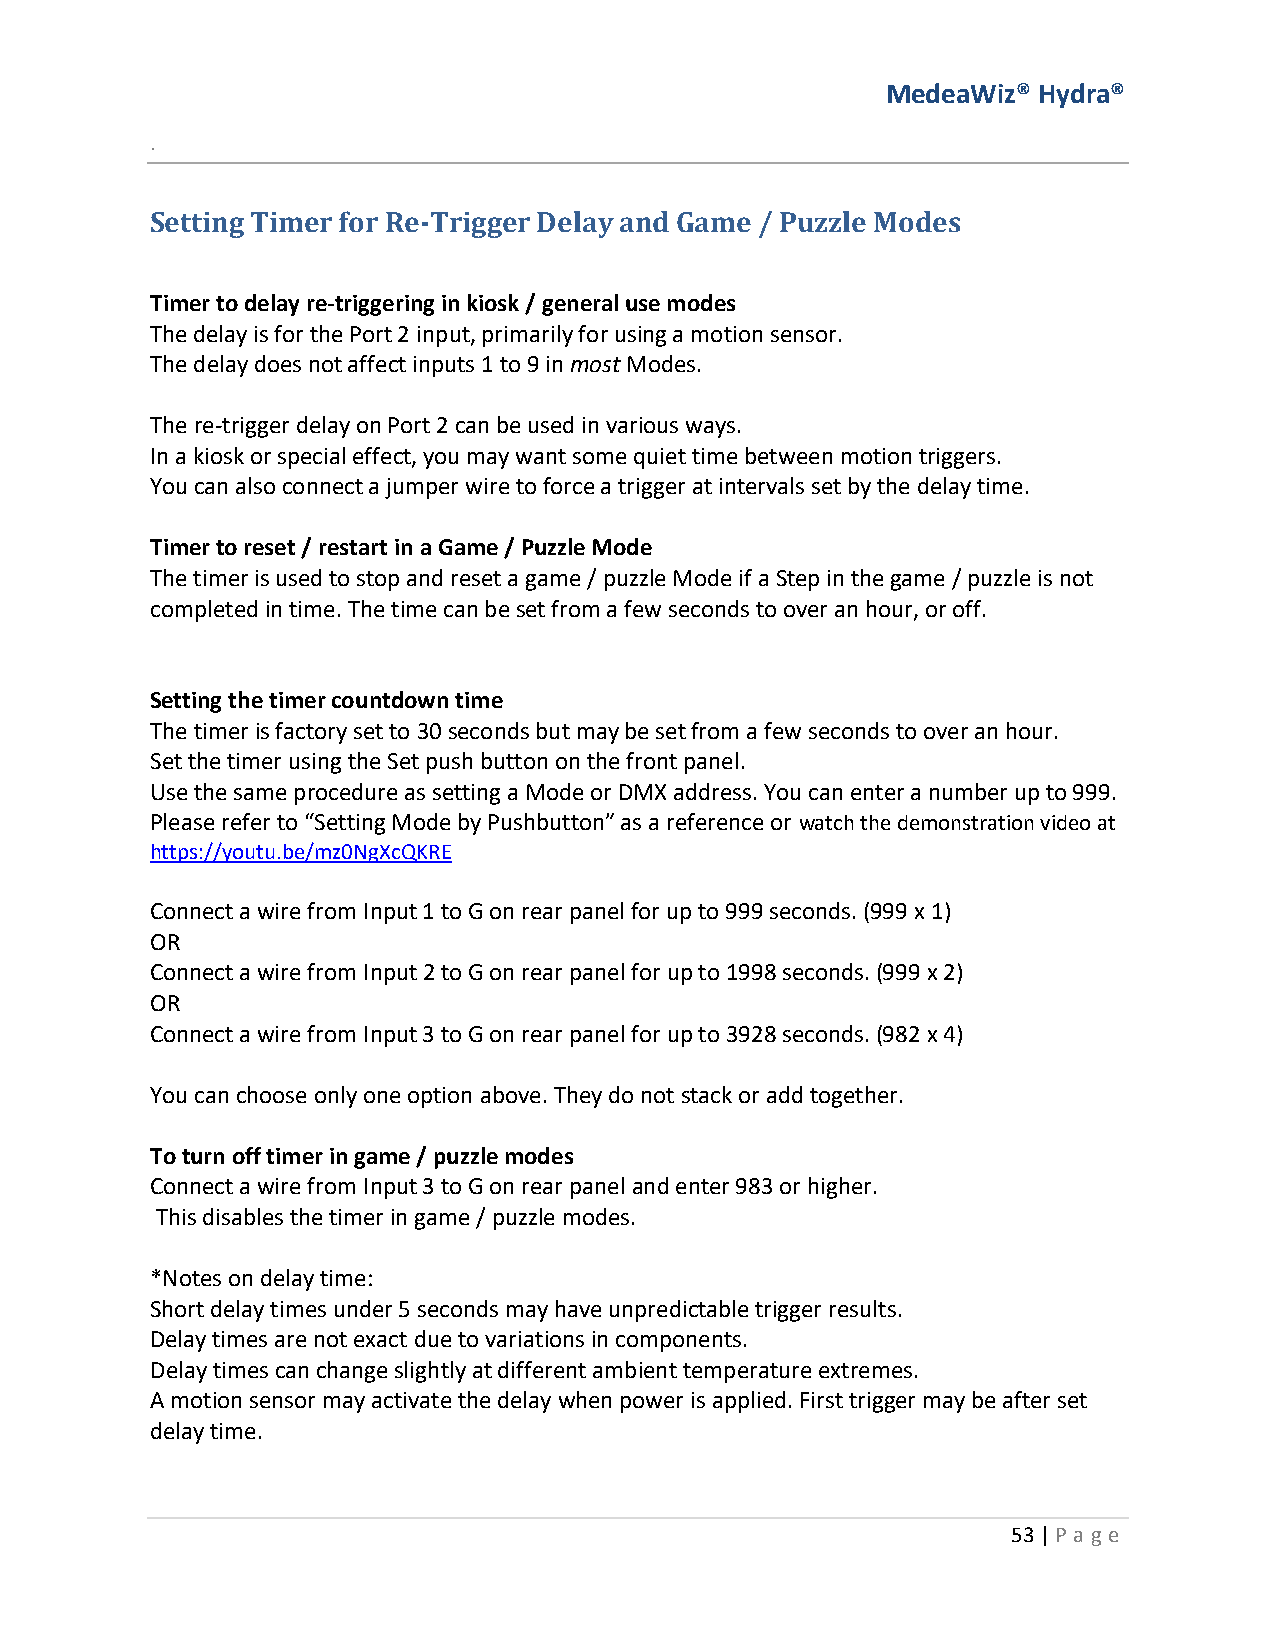
MedeaWiz® Hydra®
 .
 Setting Timer for Re-Trigger Delay and Game / Puzzle Modes
 Timer to delay re-triggering in kiosk / general use modes
 The delay is for the Port 2 input, primarily for using a motion sensor.
 The delay does not affect inputs 1 to 9 in most Modes.
 The re-trigger delay on Port 2 can be used in various ways.
 In a kiosk or special effect, you may want some quiet time between motion triggers.
 You can also connect a jumper wire to force a trigger at intervals set by the delay time.
 Timer to reset / restart in a Game / Puzzle Mode
 The timer is used to stop and reset a game / puzzle Mode if a Step in the game / puzzle is not
 completed in time. The time can be set from a few seconds to over an hour, or off.
 Setting the timer countdown time
 The timer is factory set to 30 seconds but may be set from a few seconds to over an hour.
 Set the timer using the Set push button on the front panel.
 Use the same procedure as setting a Mode or DMX address. You can enter a number up to 999.
 Please refer to “Setting Mode by Pushbutton” as a reference or watch the demonstration video at
 https://youtu.be/mz0NgXcQKRE
 Connect a wire from Input 1 to G on rear panel for up to 999 seconds. (999 x 1)
 OR
 Connect a wire from Input 2 to G on rear panel for up to 1998 seconds. (999 x 2)
 OR
 Connect a wire from Input 3 to G on rear panel for up to 3928 seconds. (982 x 4)
 You can choose only one option above. They do not stack or add together.
 To turn off timer in game / puzzle modes
 Connect a wire from Input 3 to G on rear panel and enter 983 or higher.
 This disables the timer in game / puzzle modes.
 *Notes on delay time:
 Short delay times under 5 seconds may have unpredictable trigger results.
 Delay times are not exact due to variations in components.
 Delay times can change slightly at different ambient temperature extremes.
 A motion sensor may activate the delay when power is applied. First trigger may be after set
 delay time.
 53 | P age